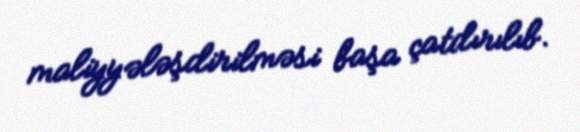
maliyyələşdirilməsi başa çatdırılıb.